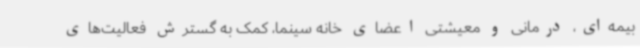
بیمه‌ای، درمانی و معیشتی اعضای خانه سینما، کمک به گسترش فعالیت‌های